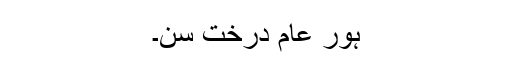
ہور عام درخت سن۔